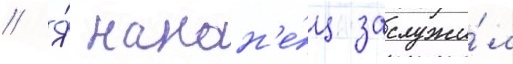
// Я́ након'е́ц заслужи́л